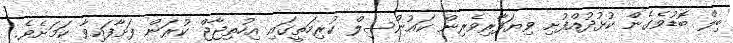
ބިލް ބޮޑުވެގެން ކުޅުދުއްފުށި ވިޔަފާރިވެރިން ކައުންސިލް ކުރިމަތީގައި އިހުތިޖާޖް ކުރަން ފަށާފައިވާ ކަމަށެވެ.